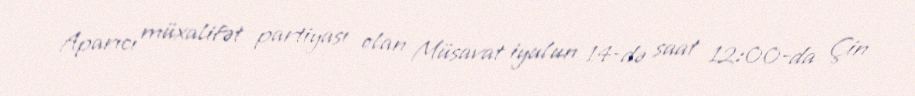
Aparıcı müxalifət partiyası olan Müsavat iyulun 14-də saat 12:00-da Çin